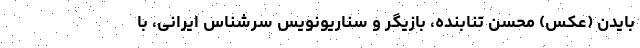
بایدن (عکس) محسن تنابنده، بازیگر و سناریو‌نویس سرشناس ایرانی، با